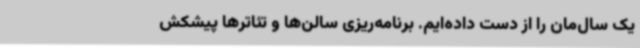
یک سال‌مان را از دست داده‌ایم. برنامه‌ریزی سالن‌ها و تئاترها پیشکش